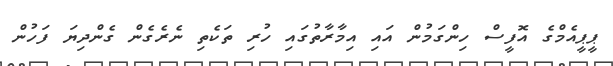
ޕީޕީއެމްގެ އޮފީސް ހިންގަމުން އައި އިމާރާތުގައި ހުރި ތަކެތި ނެރެގެން ގެންދިޔަ ފަހުން